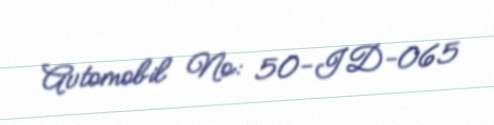
Avtomobil №: 50-ID-065